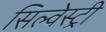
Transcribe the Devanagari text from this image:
सिल्वेस्ट्री